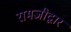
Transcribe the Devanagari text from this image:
रामजीद्वार